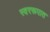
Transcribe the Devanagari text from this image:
स्वररूपात